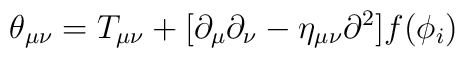
\theta_{\mu\nu} = T_{\mu\nu} + [\partial_\mu \partial_\nu - \eta_{\mu\nu}{\partial}^2] f(\phi_i)